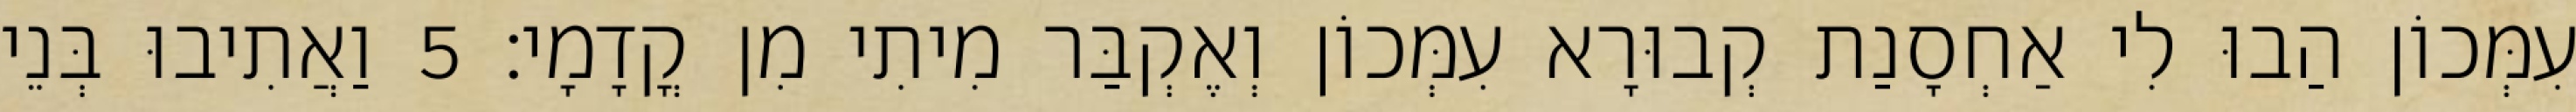
עִמְּכוֹן הַבוּ לִי אַחְסָנַת קְבוּרָא עִמְּכוֹן וְאֶקְבַּר מִיתִי מִן קֳדָמָי׃ 5 וַאֲתִיבוּ בְּנֵי